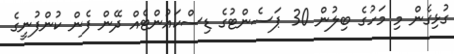
ގުޅިގެން މި މަހުގެ ބިލުން 30 ޕަސެންޓުގެ ޑިސްކައުންޓެއް ދޭން ފެން ކުންފުނީގެ